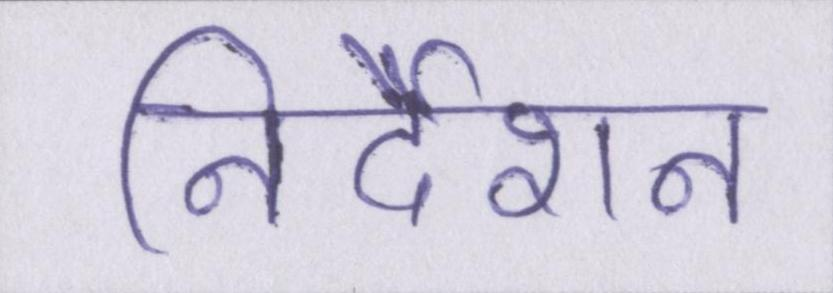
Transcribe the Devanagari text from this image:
निर्देशन